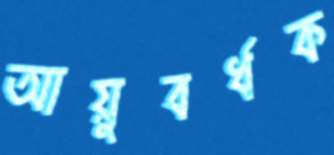
আয়ুবর্ধক